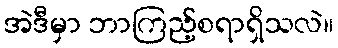
အဲဒီမှာ ဘာကြည့်စရာရှိသလဲ။